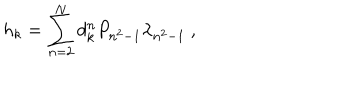
{ h } _ { k } = \sum _ { n = 2 } ^ { N } d _ { k } ^ { n } P _ { n ^ { 2 } - 1 } \lambda _ { n ^ { 2 } - 1 } \ ,